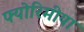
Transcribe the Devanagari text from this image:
फ्योरिमीया